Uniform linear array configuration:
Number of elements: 24
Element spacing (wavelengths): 0.25
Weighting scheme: uniform
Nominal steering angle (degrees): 60
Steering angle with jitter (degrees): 58.541
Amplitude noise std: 0.05
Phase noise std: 0.05

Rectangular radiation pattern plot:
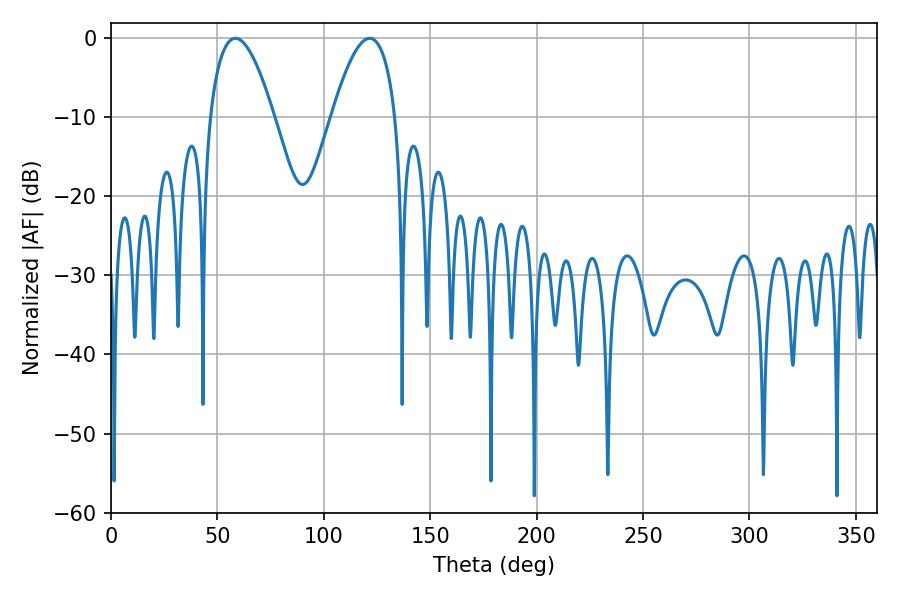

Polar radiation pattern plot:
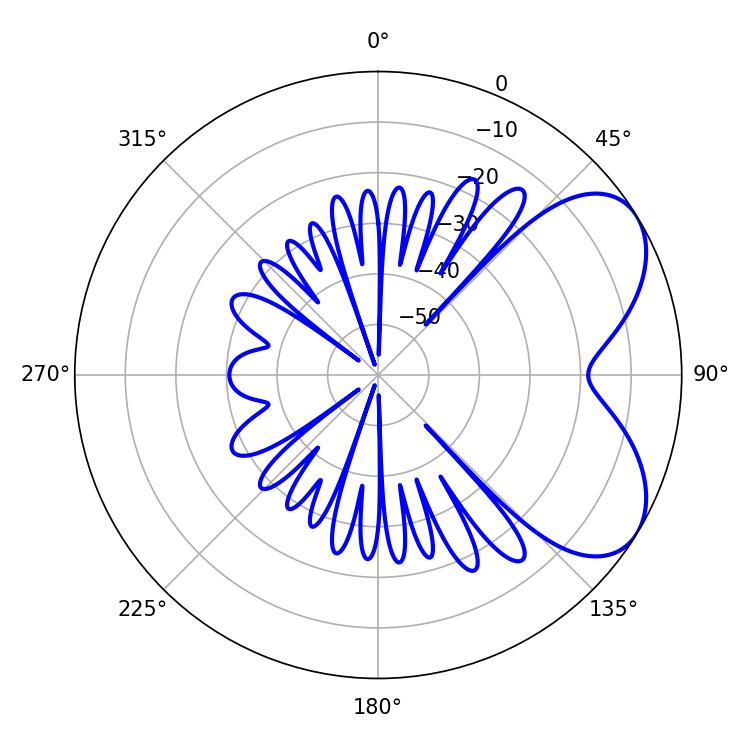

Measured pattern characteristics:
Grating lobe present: FALSE
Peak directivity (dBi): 5.666
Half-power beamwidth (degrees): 16.56
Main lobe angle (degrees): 58.5